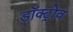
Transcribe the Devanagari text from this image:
डॉक्ट्रोव